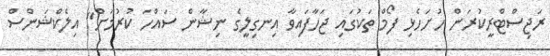
ރަޖިސްޓްރީކުރަން ހުށަހެޅި ފޯމް ތަކުގައި ޖަހާފައިވާ އިނގިލީގެ ނިޝާން ސައްހަ ކުރުމަށް" އިލެކްޝަންސް